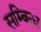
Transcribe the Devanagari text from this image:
सम्बिन्ध